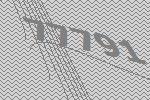
77791